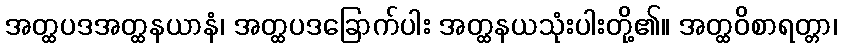
အတ္ထပဒအတ္ထနယာနံ၊ အတ္ထပဒခြောက်ပါး အတ္ထနယသုံးပါးတို့၏။ အတ္ထဝိစာရတ္တာ၊